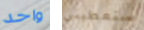
واحد ستعطيني